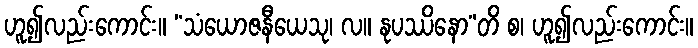
ဟူ၍လည်းကောင်း။ “သံယောဇနီယေသု၊ လ။ နုပဿိနော”တိ စ၊ ဟူ၍လည်းကောင်း။